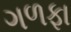
ગળફા